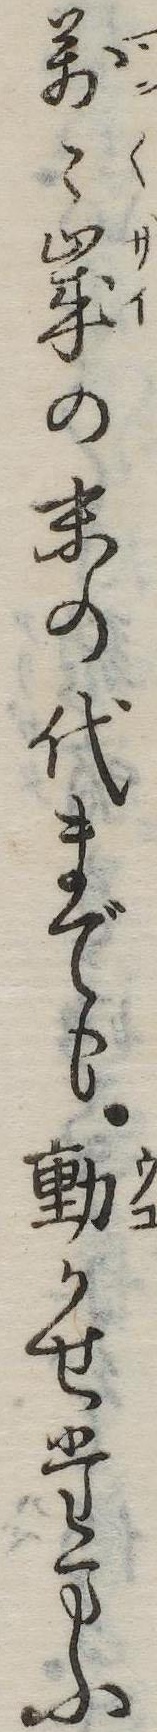
万歳の末の代までも動かせたまふ